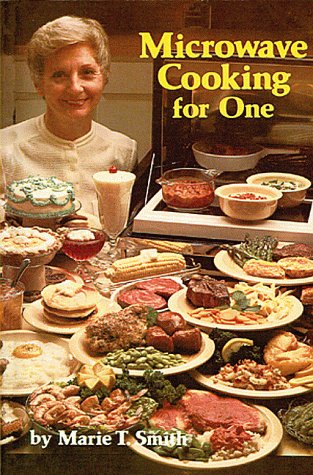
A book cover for Microwave Cooking for One; Marie Smith; Cookbooks, Food & Wine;